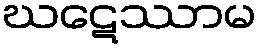
ဃဋေဿာမ